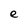
Character: e